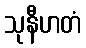
သုနီဟတံ